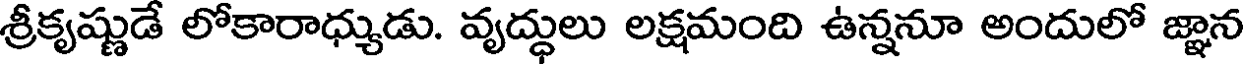
శ్రీకృష్ణుడే లోకారాధ్యుడు. వృద్ధులు లక్షమంది ఉన్ననూ అందులో జ్ఞాన